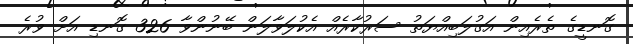
ގޮނޑީގެ ތެރެއިން އަގުލަބިއްޔަތު ސަރުކާރެއް އެކުލަވާލަން ބޭނުންވާ 326 ގޮނޑި އަށް ވުރެ